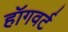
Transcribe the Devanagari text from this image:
हॉगवर्ट